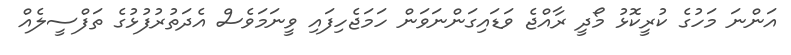
އަންނަ މަހުގެ ކުރީކޮޅު މޯދީ ރާއްޖެ ވަޑައިގަންނަވަން ހަމަޖެހިފައި ވީނަމަވެސް އެދަތުރުފުޅުގެ ތަފްސީލެއް